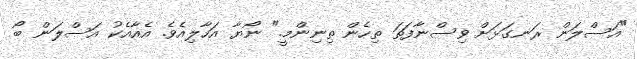
"އަސްލަން ރަނގަޅަށް ވިސްނާފަތަ ތިހެން ތިނިންމީ." ނޯޔާ އަހާލިއެވެ. އެއާއެކު އަސްލަން ބޯ